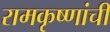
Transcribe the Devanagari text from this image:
रामकृष्णांची